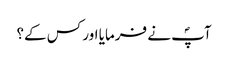
آپؐ نے فرمایا اور کس کے؟